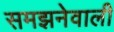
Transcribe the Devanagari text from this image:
समझनेवाली